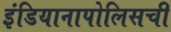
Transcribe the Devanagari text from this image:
इंडियानापोलिसची